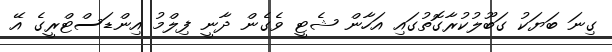
ގިނަ ބަޔަކު ގަބޫލުކުރާގޮތުގައި އަހާން ޝެޓީ ވެގެން ދާނީ ފިލްމު އިންޑަސްޓްރީގެ އޭ